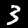
Label: 3